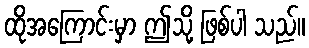
ထိုအကြောင်းမှာ ဤသို့ ဖြစ်ပါ သည်။